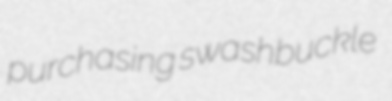
purchasing swashbuckle